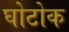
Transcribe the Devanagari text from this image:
घोटोक